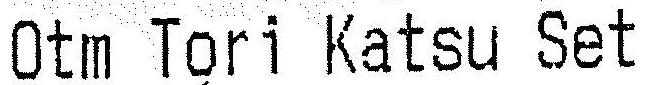
OTM TORI KATSU SET